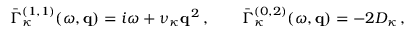
\bar { \Gamma } _ { \kappa } ^ { ( 1 , 1 ) } ( \omega , { \bf q } ) = i \omega + \nu _ { \kappa } { \bf q } ^ { \, 2 } \, , \qquad \bar { \Gamma } _ { \kappa } ^ { ( 0 , 2 ) } ( \omega , { \bf q } ) = - 2 D _ { \kappa } \, ,